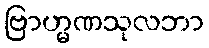
ဗြာဟ္မဏသုလဘာ